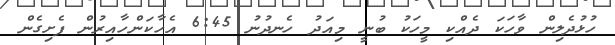
ހުޅުދެލިން ވާހަކަ ދެއްކި މީހަކު ބުނީ މިއަދު ހެނދުނު 6:45 އެހާކަންހާއިރުން ފެށިގެން